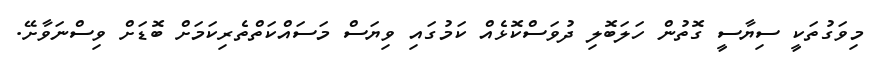
މިވަގުތަކީ ސިޔާސީ ގޮތުން ހަލަބޮލި ދުވަސްކޮޅެއް ކަމުގައި ވިޔަސް މަސައްކަތްތެރިކަމަށް ބޮޑަށް ވިސްނަވާށޭ.